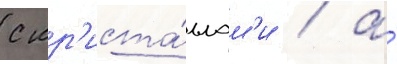
с кр'иста́ллам'и / а́